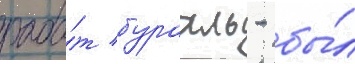
раба́т бурахль - бы́л